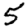
Digit: 5